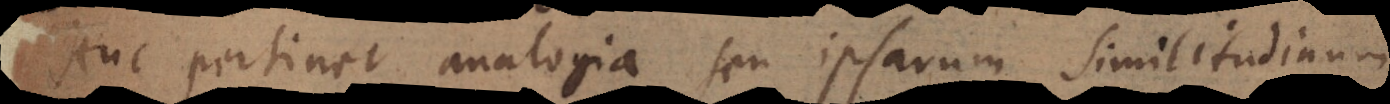
Huc pertinet analogia, seu ipsarum similitudinum